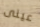
عينى